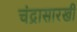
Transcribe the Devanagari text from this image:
चंद्रासारखी